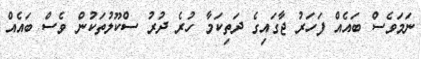
ނަމަވެސް ބައެއް ފަހަރު ޖާގައިގެ ދަތިކަމާ ހުރެ ދުރު ސްކޫލުތަކުން ވެސް ބައެއް